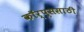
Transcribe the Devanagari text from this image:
कॉर्प्ससाठी